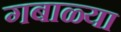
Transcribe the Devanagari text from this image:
गबाळ्या